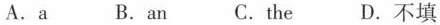
A.a B.An C.the D.不填